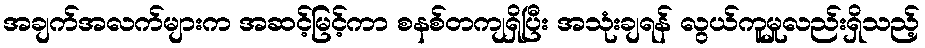
အချက်အလက်များက အဆင့်မြင့်ကာ စနစ်တကျရှိပြီး အသုံးချရန် လွယ်ကူမှုလည်းရှိသည့်